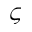
\varsigma